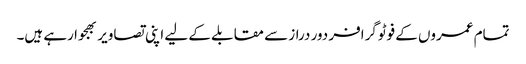
تمام عمروں کے فوٹوگرافر دور دراز سے مقابلے کے لیے اپنی تصاویر بھجوا رہے ہیں۔